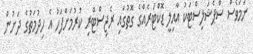
ނަމަވެސް ސްޕެޝަލިސްޓަކު އާއިލީ ޑޮކްޓަރެއްގެ ގޮތުގައި ރެޖިސްޓްރި ކުރުމަށްފަހު އެ ހިދުމަތުގެ ދަށުން